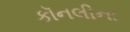
કૉનલીના